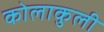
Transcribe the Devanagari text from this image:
कोलाकुली